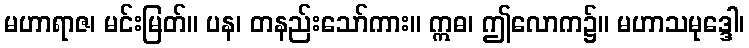
မဟာရာဇ၊ မင်းမြတ်။ ပန၊ တနည်းသော်ကား။ ဣဓ၊ ဤလောက၌။ မဟာသမုဒ္ဒေါ၊